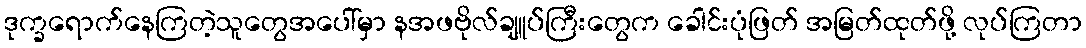
ဒုက္ခရောက်နေကြတဲ့သူတွေအပေါ်မှာ နအဖဗိုလ်ချူပ်ကြီးတွေက ခေါင်းပုံဖြတ် အမြတ်ထုတ်ဖို့ လုပ်ကြတာ